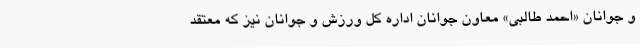
و جوانان «احمد طالبی» معاون جوانان اداره کل ورزش و جوانان نیز که معتقد